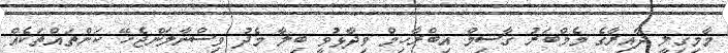
މާމިގިލީ ދާއިރާގެ މެމްބަރު ގާސިމް އިބްރާހިމް ވިދާޅުވީ ބިލާ މެދު ވިސްނާލަންޖެހޭ ކަންތައްތަކެއް